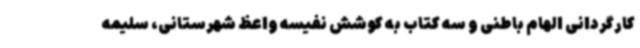
کارگردانی الهام باطنی و سه کتاب به کوشش نفیسه واعظ شهرستانی، سلیمه